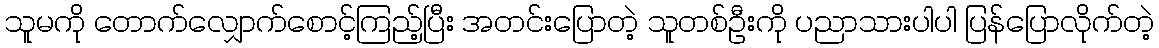
သူမကို တောက်လျှောက်စောင့်ကြည့်ပြီး အတင်းပြောတဲ့ သူတစ်ဦးကို ပညာသားပါပါ ပြန်ပြောလိုက်တဲ့